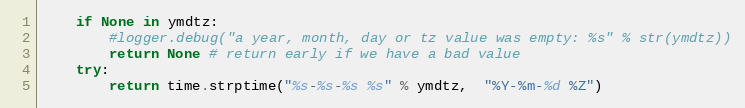
Language: Python
    if None in ymdtz:
        #logger.debug("a year, month, day or tz value was empty: %s" % str(ymdtz))
        return None # return early if we have a bad value
    try:
        return time.strptime("%s-%s-%s %s" % ymdtz,  "%Y-%m-%d %Z")